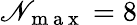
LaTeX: \mathscr{N}_{\mathrm{{~m~a~x~}}}=8